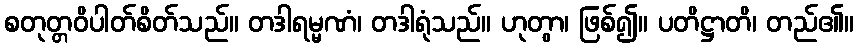
စတုတ္တဝိပါတ်စိတ်သည်။ တဒါရမ္မဏံ၊ တဒါရုံသည်။ ဟုတွာ၊ ဖြစ်၍။ ပတိဋ္ဌာတိ၊ တည်၏။